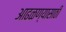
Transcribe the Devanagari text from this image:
आढळण्यासाठी